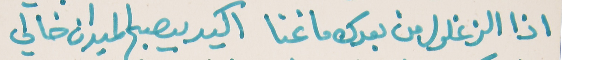
اذا الزغلول من بعدك ما غنا   اكيد يصبح الميدان خالي